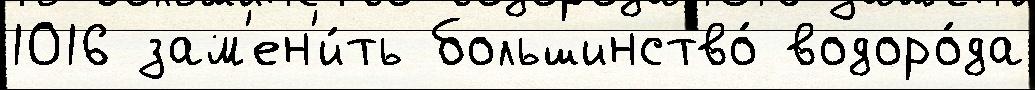
1016 зам'ен'и́ть большинство́ водоро́да